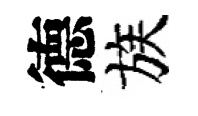
德族